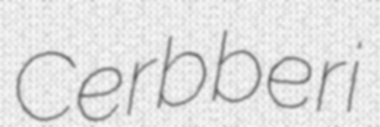
Cerbberi